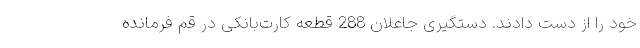
خود را از دست دادند. دستگیری جاعلان 288 قطعه کارت‌بانکی در قم فرمانده